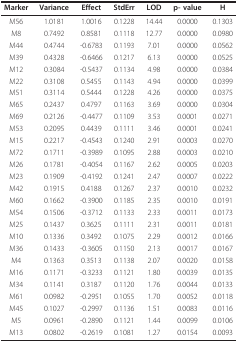
<table><thead><tr><td><b>Marker</b></td><td><b>Variance</b></td><td><b>Effect</b></td><td><b>StdErr</b></td><td><b>LOD</b></td><td><b>p- value</b></td><td><b>H</b></td></tr></thead><tbody><tr><td>M56</td><td>1.0181</td><td>1.0016</td><td>0.1228</td><td>14.44</td><td>0.0000</td><td>0.1303</td></tr><tr><td>M8</td><td>0.7492</td><td>0.8581</td><td>0.1118</td><td>12.77</td><td>0.0000</td><td>0.0980</td></tr><tr><td>M44</td><td>0.4744</td><td>-0.6783</td><td>0.1193</td><td>7.01</td><td>0.0000</td><td>0.0562</td></tr><tr><td>M39</td><td>0.4328</td><td>-0.6466</td><td>0.1217</td><td>6.13</td><td>0.0000</td><td>0.0525</td></tr><tr><td>M12</td><td>0.3084</td><td>-0.5437</td><td>0.1134</td><td>4.98</td><td>0.0000</td><td>0.0384</td></tr><tr><td>M22</td><td>0.3108</td><td>0.5455</td><td>0.1143</td><td>4.94</td><td>0.0000</td><td>0.0399</td></tr><tr><td>M51</td><td>0.3114</td><td>0.5444</td><td>0.1228</td><td>4.26</td><td>0.0000</td><td>0.0375</td></tr><tr><td>M65</td><td>0.2437</td><td>0.4797</td><td>0.1163</td><td>3.69</td><td>0.0000</td><td>0.0304</td></tr><tr><td>M69</td><td>0.2126</td><td>-0.4477</td><td>0.1109</td><td>3.53</td><td>0.0001</td><td>0.0271</td></tr><tr><td>M53</td><td>0.2095</td><td>0.4439</td><td>0.1111</td><td>3.46</td><td>0.0001</td><td>0.0241</td></tr><tr><td>M15</td><td>0.2217</td><td>-0.4543</td><td>0.1240</td><td>2.91</td><td>0.0003</td><td>0.0270</td></tr><tr><td>M72</td><td>0.1711</td><td>-0.3989</td><td>0.1095</td><td>2.88</td><td>0.0003</td><td>0.0210</td></tr><tr><td>M26</td><td>0.1781</td><td>-0.4054</td><td>0.1167</td><td>2.62</td><td>0.0005</td><td>0.0203</td></tr><tr><td>M23</td><td>0.1909</td><td>-0.4192</td><td>0.1241</td><td>2.47</td><td>0.0007</td><td>0.0222</td></tr><tr><td>M42</td><td>0.1915</td><td>0.4188</td><td>0.1267</td><td>2.37</td><td>0.0010</td><td>0.0232</td></tr><tr><td>M60</td><td>0.1662</td><td>-0.3900</td><td>0.1185</td><td>2.35</td><td>0.0010</td><td>0.0191</td></tr><tr><td>M54</td><td>0.1506</td><td>-0.3712</td><td>0.1133</td><td>2.33</td><td>0.0011</td><td>0.0173</td></tr><tr><td>M25</td><td>0.1437</td><td>0.3625</td><td>0.1111</td><td>2.31</td><td>0.0011</td><td>0.0181</td></tr><tr><td>M10</td><td>0.1336</td><td>0.3492</td><td>0.1075</td><td>2.29</td><td>0.0012</td><td>0.0166</td></tr><tr><td>M36</td><td>0.1433</td><td>-0.3605</td><td>0.1150</td><td>2.13</td><td>0.0017</td><td>0.0167</td></tr><tr><td>M4</td><td>0.1363</td><td>0.3513</td><td>0.1138</td><td>2.07</td><td>0.0020</td><td>0.0158</td></tr><tr><td>M16</td><td>0.1171</td><td>-0.3233</td><td>0.1121</td><td>1.80</td><td>0.0039</td><td>0.0135</td></tr><tr><td>M34</td><td>0.1141</td><td>0.3187</td><td>0.1120</td><td>1.76</td><td>0.0044</td><td>0.0133</td></tr><tr><td>M61</td><td>0.0982</td><td>-0.2951</td><td>0.1055</td><td>1.70</td><td>0.0052</td><td>0.0118</td></tr><tr><td>M45</td><td>0.1027</td><td>-0.2997</td><td>0.1136</td><td>1.51</td><td>0.0083</td><td>0.0116</td></tr><tr><td>M5</td><td>0.0961</td><td>-0.2890</td><td>0.1121</td><td>1.44</td><td>0.0099</td><td>0.0106</td></tr><tr><td>M13</td><td>0.0802</td><td>-0.2619</td><td>0.1081</td><td>1.27</td><td>0.0154</td><td>0.0093</td></tr></tbody></table>